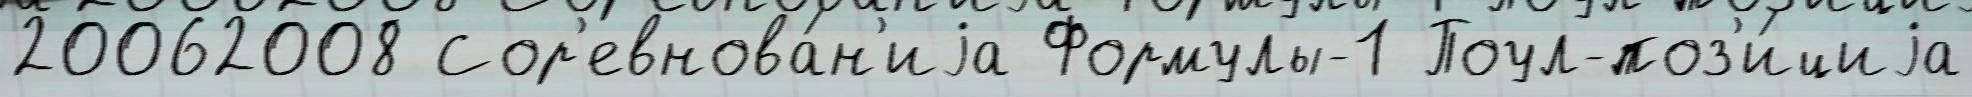
20062008 Сор'евнова́н'иjа Формулы-1 Поул-поз'и́циjа